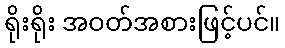
ရိုးရိုး အဝတ်အစားဖြင့်ပင်။